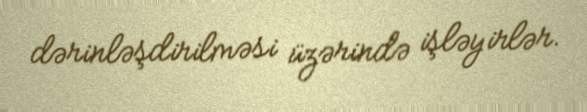
dərinləşdirilməsi üzərində işləyirlər.